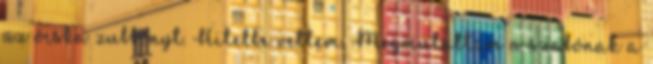
az ócska zubbonyt. Hitelbe vettem. Megmutattam a szabónak a